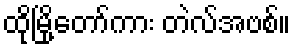
ထိုမြို့တော်ကား တဲလ်အဗစ်။